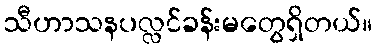
သီဟာသနပလ္လင်ခန်းမတွေရှိတယ်။